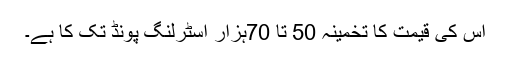
اس کی قیمت کا تخمینہ 50 تا 70ہزار اسٹرلنگ پونڈ تک کا ہے۔